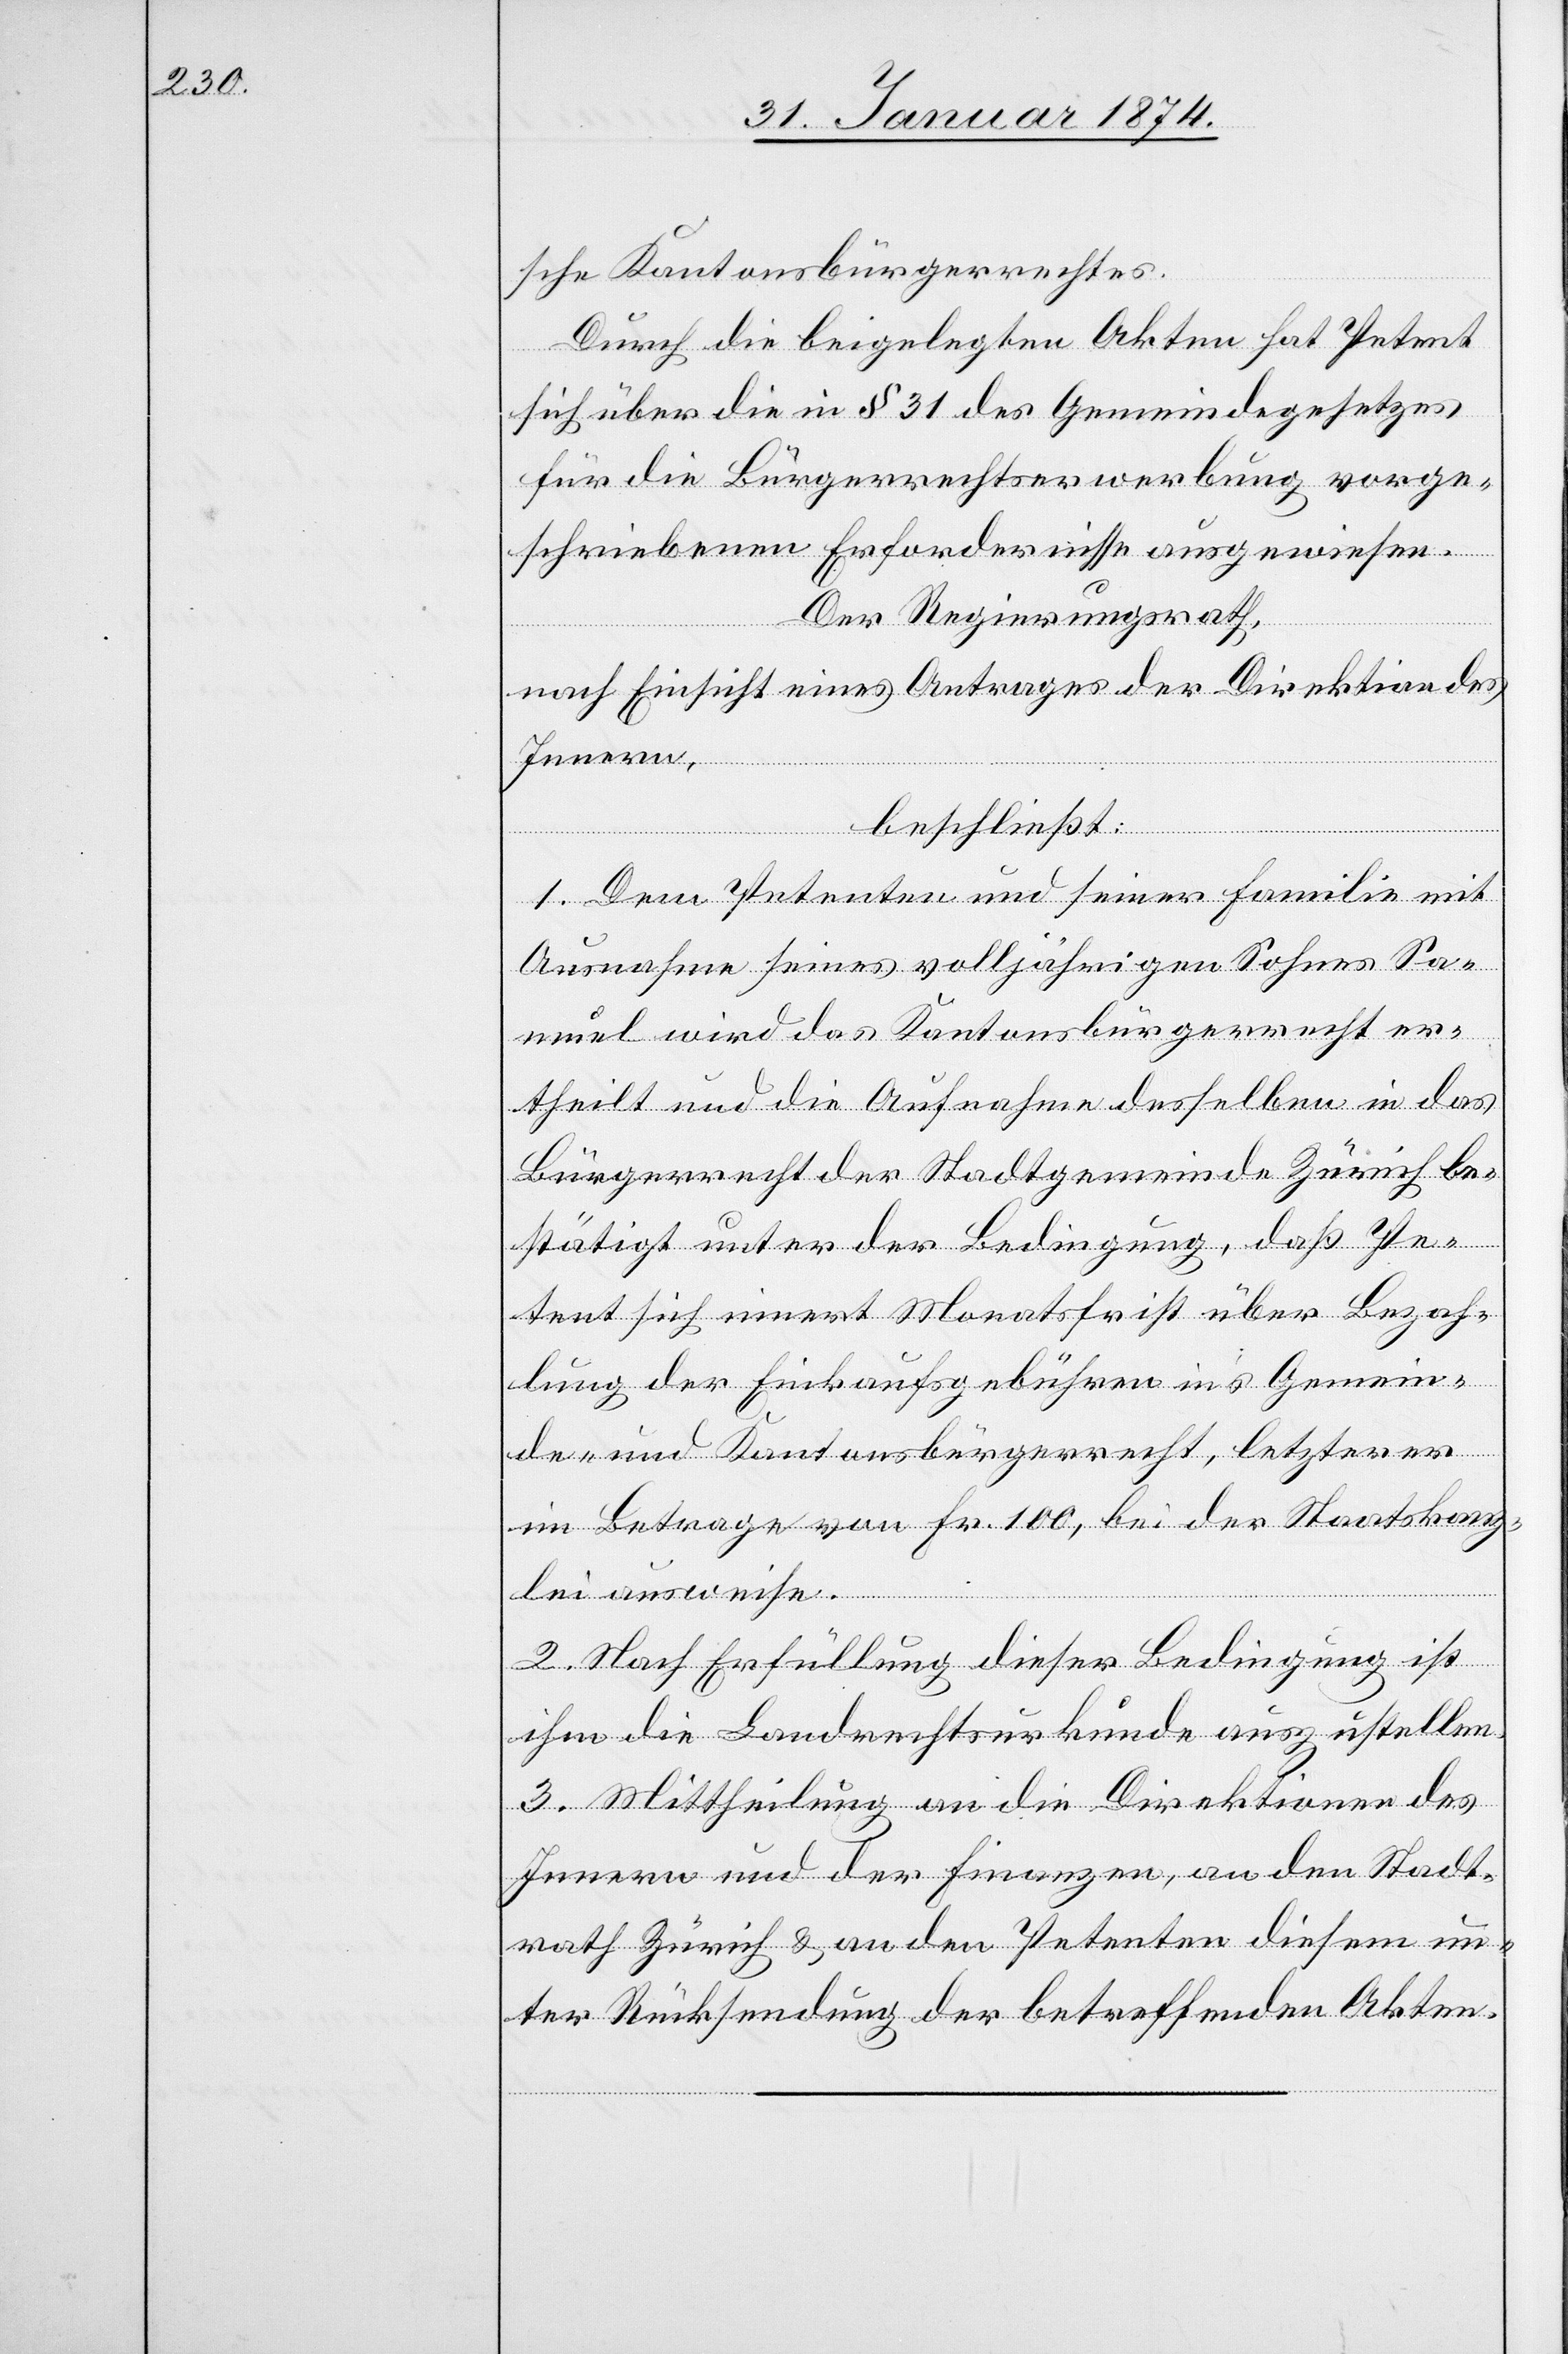
schen Kantonsbürgerrechtes.
Durch die beigelegten Akten hat Petent
sich über die in § 31 des Gemeindegesetzes
für die Bürgerrechtserwerbung vorge¬
schriebenen Erfordernisse ausgewiesen.
Der Regierungsrath,
nach Einsicht eines Antrages der Direktion des
Innern,
beschließt:
1. Dem Petenten und seiner Familie mit
Ausnahme seines volljährigen Sohnes Sa¬
muel wird das Kantonsbürgerrecht er¬
theilt und die Aufnahme desselben in das
Bürgerrecht der Stadtgemeinde Zürich be¬
stätigt unter der Bedingung, daß Pe¬
tent sich innert Monatsfrist über Bezah¬
lung der Einkaufsgebühren in’s Gemein¬
de- und Kantonsbürgerrecht, letzteres
im Betrage von Fr. 100, bei der Staatskanz¬
lei ausweise.
2. Nach Erfüllung dieser Bedingung ist
ihm die Landrechtsurkunde auszustellen.
3. Mittheilung an die Direktionen des
Innern und der Finanzen, an den Stadt¬
rath Zürich & an den Petenten diesem un¬
ter Rücksendung der betreffenden Akten.